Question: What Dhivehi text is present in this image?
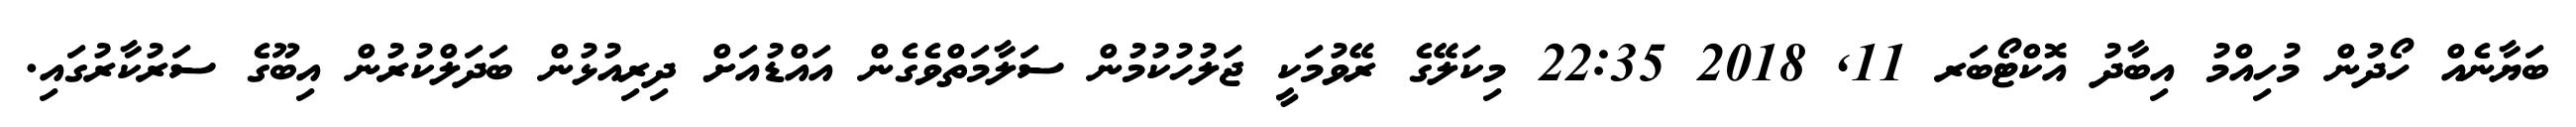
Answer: ބަޔާނެއް ހޯދުން މުހިއްމު އިބާދު އޮކްޓޯބަރ 11, 2018 22:35 މިކަލޭގެ ރޭވުމަކީ ޖަލުހުކުމުން ސަލާމަތްވެގެން އައްޑުއަށް ދިރިއުޅުން ބަދަލްކުރުން އިބޫގެ ސަރުކާރުގައި.